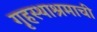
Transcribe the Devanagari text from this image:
गृहस्थाश्रमाची